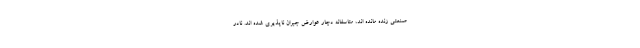
صنعتی زنده مانده اند، متاسفانه دچار عوارض جبران ناپذیری شده اند. نادر